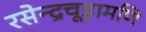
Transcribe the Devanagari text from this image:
रसेन्द्रचूड़ामणि